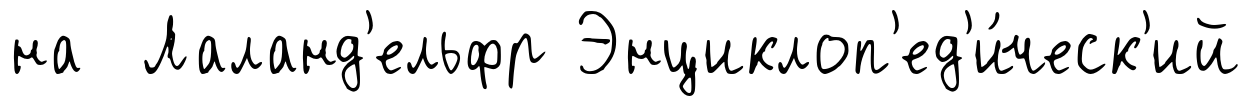
на Лаланд'ельфр Энциклоп'ед'и́ческ'ий